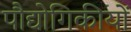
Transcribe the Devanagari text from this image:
पौद्योगिकीयों